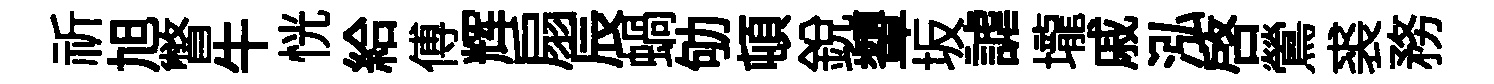
祈旭瞥牛恍給傅辉扇辰蝸劬頓銳顰坂謔壠戚泓啓鶯裘務